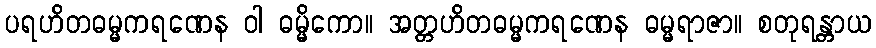
ပရဟိတဓမ္မကရဏေန ဝါ ဓမ္မိကော။ အတ္တဟိတဓမ္မကရဏေန ဓမ္မရာဇာ။ စတုရန္တာယ